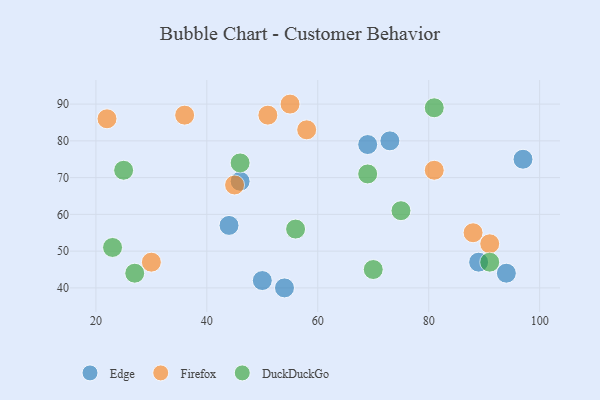
{"axis": {"x": "GDP", "y": "Life Expectancy"}, "legend": ["DuckDuckGo", "Edge", "Firefox"], "data": [{"x": "50", "y": 42, "type": "Edge"}, {"x": "54", "y": 40, "type": "Edge"}, {"x": "89", "y": 47, "type": "Edge"}, {"x": "44", "y": 57, "type": "Edge"}, {"x": "73", "y": 80, "type": "Edge"}, {"x": "69", "y": 79, "type": "Edge"}, {"x": "94", "y": 44, "type": "Edge"}, {"x": "46", "y": 69, "type": "Edge"}, {"x": "97", "y": 75, "type": "Edge"}, {"x": "22", "y": 86, "type": "Firefox"}, {"x": "45", "y": 68, "type": "Firefox"}, {"x": "30", "y": 47, "type": "Firefox"}, {"x": "81", "y": 72, "type": "Firefox"}, {"x": "88", "y": 55, "type": "Firefox"}, {"x": "36", "y": 87, "type": "Firefox"}, {"x": "55", "y": 90, "type": "Firefox"}, {"x": "58", "y": 83, "type": "Firefox"}, {"x": "91", "y": 52, "type": "Firefox"}, {"x": "51", "y": 87, "type": "Firefox"}, {"x": "23", "y": 51, "type": "DuckDuckGo"}, {"x": "81", "y": 89, "type": "DuckDuckGo"}, {"x": "69", "y": 71, "type": "DuckDuckGo"}, {"x": "25", "y": 72, "type": "DuckDuckGo"}, {"x": "56", "y": 56, "type": "DuckDuckGo"}, {"x": "75", "y": 61, "type": "DuckDuckGo"}, {"x": "91", "y": 47, "type": "DuckDuckGo"}, {"x": "70", "y": 45, "type": "DuckDuckGo"}, {"x": "46", "y": 74, "type": "DuckDuckGo"}, {"x": "27", "y": 44, "type": "DuckDuckGo"}]}